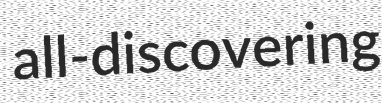
all-discovering